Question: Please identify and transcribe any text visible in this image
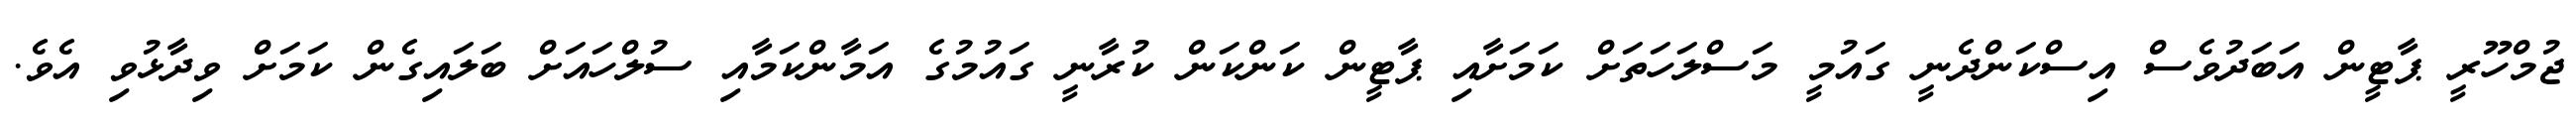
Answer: ޖުމްހޫރީ ޕާޓީން އަބަދުވެސް އިސްކަންދެނީ ގައުމީ މަސްލަހަތަށް ކަމަށާއި ޕާޓީން ކަންކަން ކުރާނީ ގައުމުގެ އަމާންކަމާއި ސުލްހައަށް ބަލައިގެން ކަމަށް ވިދާޅުވި އެވެ.